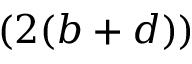
( 2 ( b + d ) )